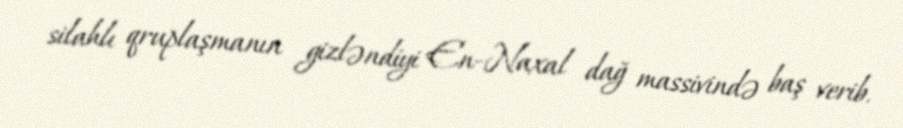
silahlı qruplaşmanın gizləndiyi En-Naxal dağ massivində baş verib.